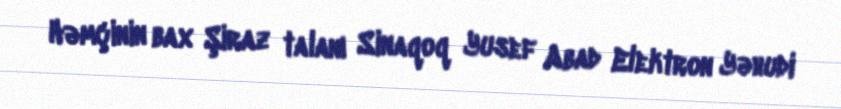
Həmçinin bax Şiraz talanı Sinaqoq Yusef Abad Elektron Yəhudi